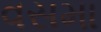
વસમા